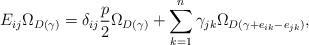
LaTeX: \begin{align*}E_{ij}\Omega_{D(\gamma)}= \delta_{ij}\frac{p}{2}\Omega_{D(\gamma)}+ \sum_{k=1}^n \gamma_{jk}\Omega_{D(\gamma+e_{ik}-e_{jk})},\end{align*}